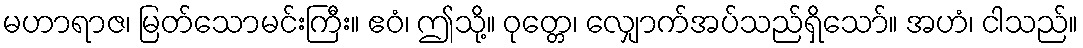
မဟာရာဇ၊ မြတ်သောမင်းကြီး။ ဧဝံ၊ ဤသို့။ ဝုတ္တေ၊ လျှောက်အပ်သည်ရှိသော်။ အဟံ၊ ငါသည်။